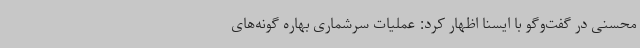
محسنی در گفت‌وگو با ایسنا اظهار کرد: عملیات سرشماری بهاره گونه‌های